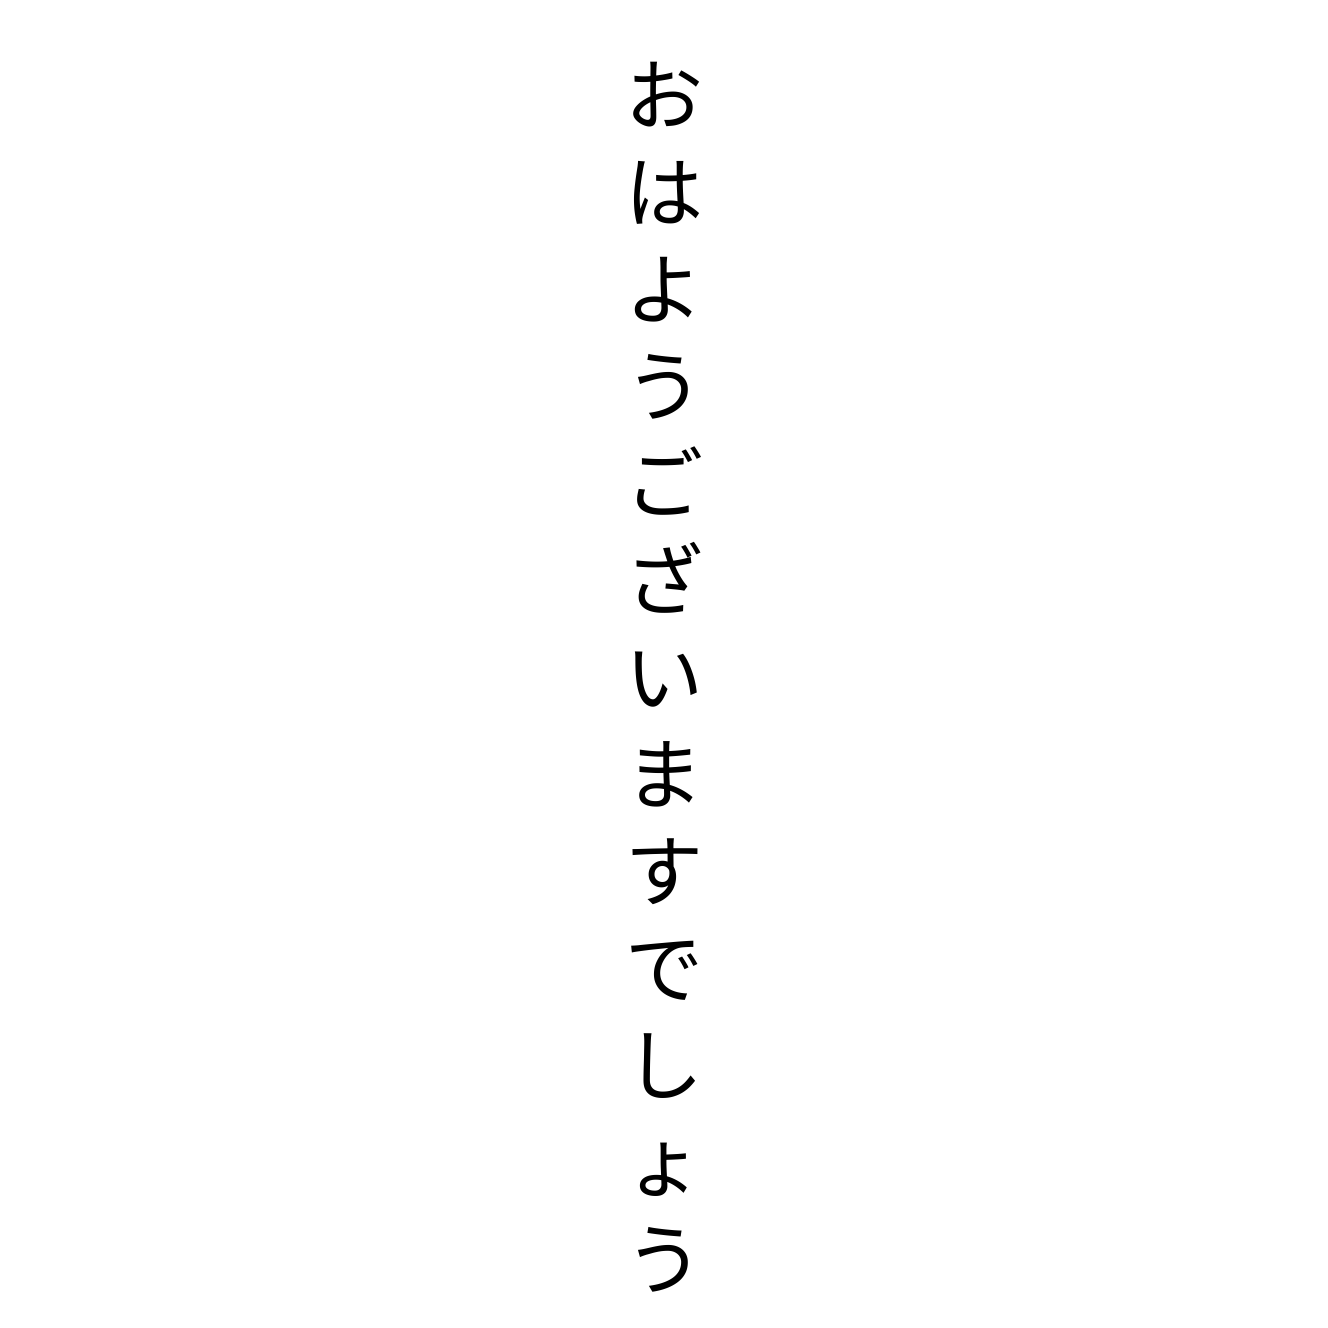
おはようございますでしょう